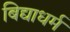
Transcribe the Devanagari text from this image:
बिद्याधर्म